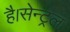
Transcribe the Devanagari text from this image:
है।सेन्ट्रल